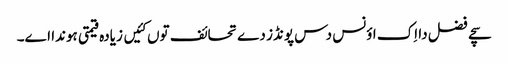
سچے فضل دا اِک اؤنس دس پونڈز دے تحائف توں کئیں زیادہ قیمتی ہوندا اے۔